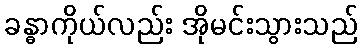
ခန္ဓာကိုယ်လည်း အိုမင်းသွားသည်